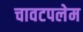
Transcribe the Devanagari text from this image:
चावटपलेम